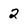
Character: 2